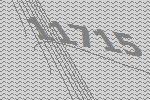
11715